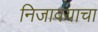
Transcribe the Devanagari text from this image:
निजावयाचा